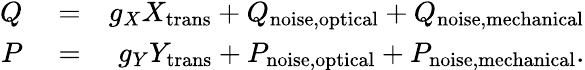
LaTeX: \begin{array}{rlr}{Q}&{{}=}&{g_{X}X_{\mathrm{trans}}+Q_{\mathrm{noise,optical}}+Q_{\mathrm{noise,mechanical}}}\\ {P}&{{}=}&{g_{Y}Y_{\mathrm{trans}}+P_{\mathrm{noise,optical}}+P_{\mathrm{noise,mechanical}}.}\end{array}